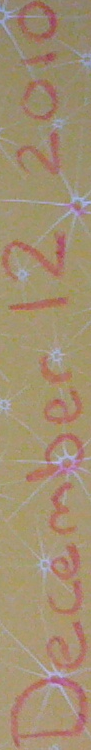
December 12 2010